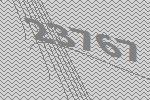
23767